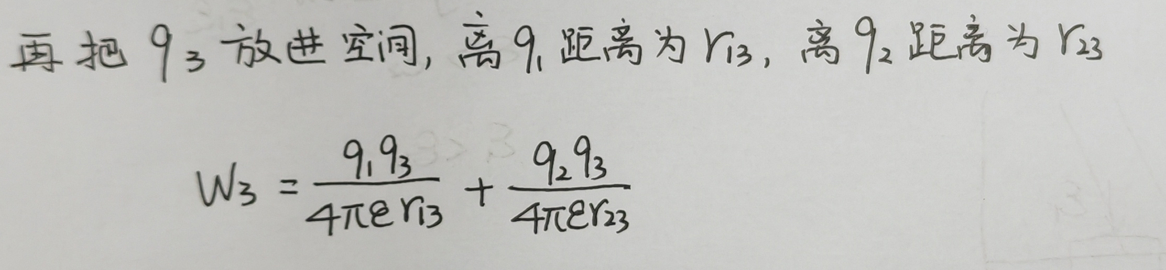
再把 \(q_3\) 放进空间, 离 \(q_1\) 距离为 \(r_{13}\), 离 \(q_2\) 距离为 \(r_{23}\)
\[
W_3 = \frac{q_1 q_3}{4\pi \epsilon r_{13}} + \frac{q_2 q_3}{4\pi \epsilon r_{23}}
\]